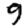
Digit: 9